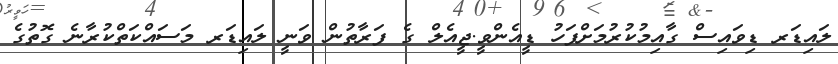
ލައިޑަރ ޑިވައިސް ގާއިމުކުރުމަށްފަހު ޑީއެންވީ.ޖީއެލް ގެ ފަރާތުން ވަނީ ލައިޑަރ މަސައްކަތްކުރާނެ ގޮތުގެ